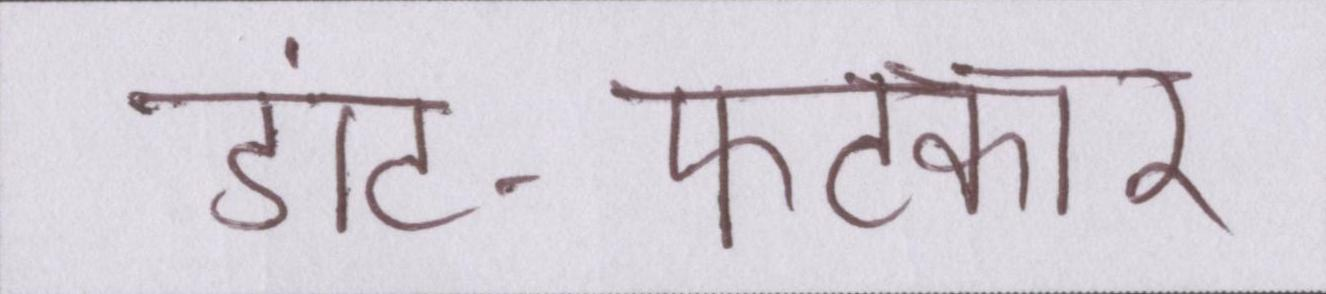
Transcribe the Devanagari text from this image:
डांट-फटकार